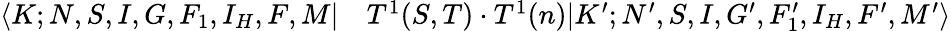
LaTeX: \begin{array}{rl}{\langle K;N,S,I,G,F_{1},I_{H},F,M|}&{{}T^{1}(S,T)\cdot T^{1}(n)|K^{\prime};N^{\prime},S,I,G^{\prime},F_{1}^{\prime},I_{H},F^{\prime},M^{\prime}\rangle}\end{array}